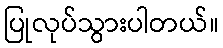
ပြုလုပ်သွားပါတယ်။